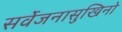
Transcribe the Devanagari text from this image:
सर्वेजनासुखिनो